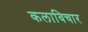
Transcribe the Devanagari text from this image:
कलाविचार